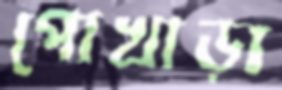
পোখাড়া